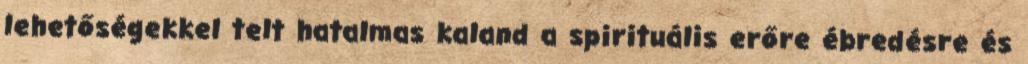
lehetőségekkel telt hatalmas kaland a spirituális erőre ébredésre és